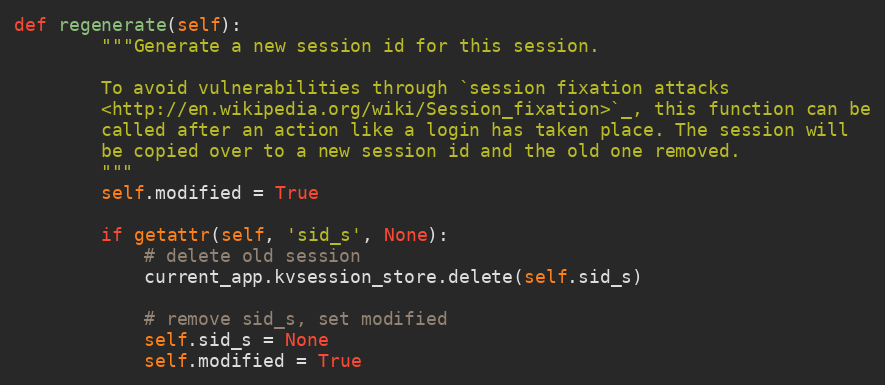
Language: Python
def regenerate(self):
        """Generate a new session id for this session.

        To avoid vulnerabilities through `session fixation attacks
        <http://en.wikipedia.org/wiki/Session_fixation>`_, this function can be
        called after an action like a login has taken place. The session will
        be copied over to a new session id and the old one removed.
        """
        self.modified = True

        if getattr(self, 'sid_s', None):
            # delete old session
            current_app.kvsession_store.delete(self.sid_s)

            # remove sid_s, set modified
            self.sid_s = None
            self.modified = True